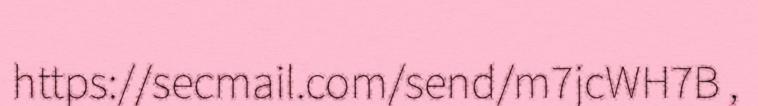
https://secmail.com/send/m7jcWH7B ,